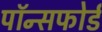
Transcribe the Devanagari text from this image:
पॉन्सफोर्ड